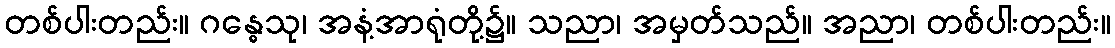
တစ်ပါးတည်း။ ဂန္ဓေသု၊ အနံ့အာရုံတို့၌။ သညာ၊ အမှတ်သည်။ အညာ၊ တစ်ပါးတည်း။